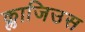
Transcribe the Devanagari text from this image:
क्लाजिउस